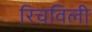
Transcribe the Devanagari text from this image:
रिचविली